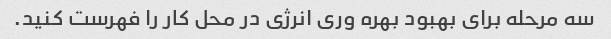
سه مرحله برای بهبود بهره وری انرژی در محل کار را فهرست کنید.